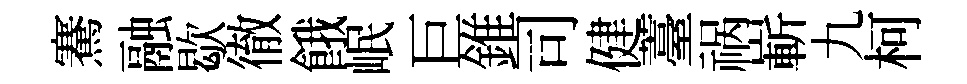
騫融歇徹餓岷巨錐司健薹祸嶄九柯